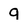
Character: 9